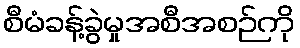
စီမံခန့်ခွဲမှုအစီအစဉ်ကို